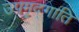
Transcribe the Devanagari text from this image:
उपमृद्गाति